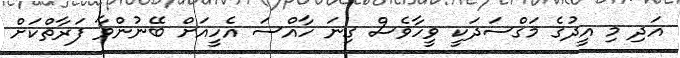
އަދި މި އީދުގެ މަގްސަދަކީ ވީހާވެސް ގިނަ ހާއްސަ އެހީއަށް ބޭނުންވާ ފަރާތްކަށް